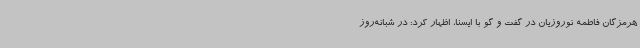
هرمزگان فاطمه نوروزیان در گفت و گو با ایسنا، اظهار کرد: در شبانه‌روز